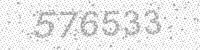
Solution: 576533